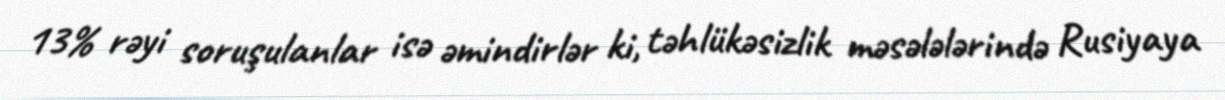
13% rəyi soruşulanlar isə əmindirlər ki, təhlükəsizlik məsələlərində Rusiyaya